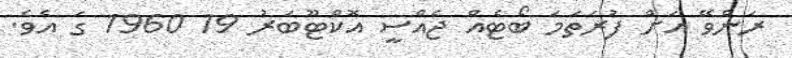
ރަންވޭ އަށް ފުރަތަމަ ބޯޓެއް ޖެއްސީ އޮކްޓޫބަރު 19 1960 ގަ އެވެ.